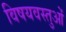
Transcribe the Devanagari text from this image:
विषयवस्‍तुओं